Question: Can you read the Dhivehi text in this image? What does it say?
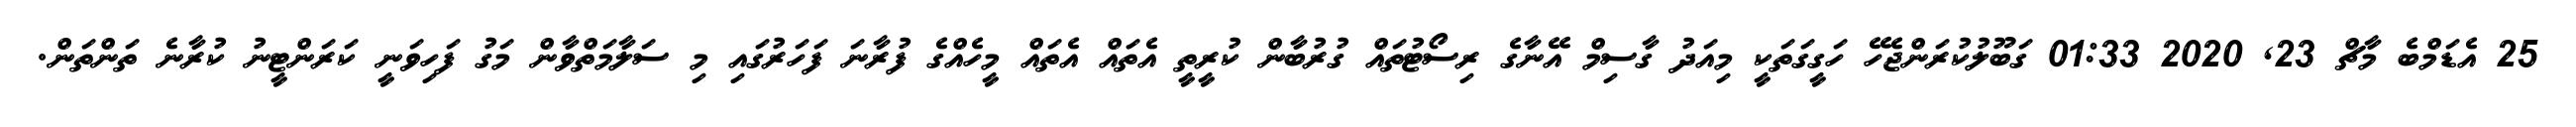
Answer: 25 އެޑަމްބެ މާޗް 23, 2020 01:33 ގަބޫލުކުރަންޖެހޭ ހަގީގަތަކީ މިއަދު ގާސިމް އޭނާގެ ރިސޯޓުތައް ގުރުބާން ކުރީތީ އެތައް އެތައް މީހެއްގެ ފުރާނަ ފަހަރުގައި މި ސަލާމަތްވާން މަގު ފަހިވަނީ ކަރަންޓީނު ކުރާނެ ތަންތަން.